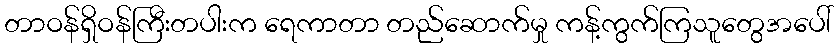
တာဝန်ရှိဝန်ကြီးတပါးက ရေကာတာ တည်ဆောက်မှု ကန့်ကွက်ကြသူတွေအပေါ်